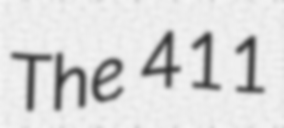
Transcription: The 411